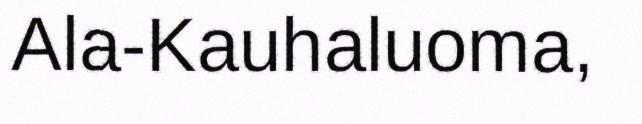
Ala-Kauhaluoma,